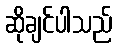
ဆိုချင်ပါသည်